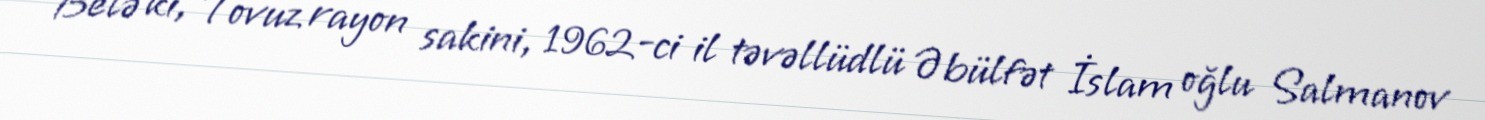
Belə ki, Tovuz rayon sakini, 1962-ci il təvəllüdlü Əbülfət İslam oğlu Salmanov